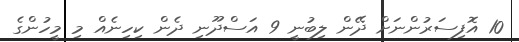
10 އޮފިސަރުންނަށް ދޭން ލިބުނީ 9 އަސްދޫނި ދެން ކިހިނެއް މި މީހުންގެ